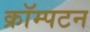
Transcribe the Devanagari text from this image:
क्रॉम्पटन